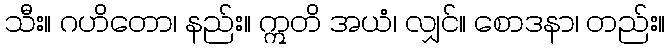
သီး။ ဂဟိတော၊ နည်း။ ဣတိ အယံ၊ လျှင်။ စောဒနာ၊ တည်း။